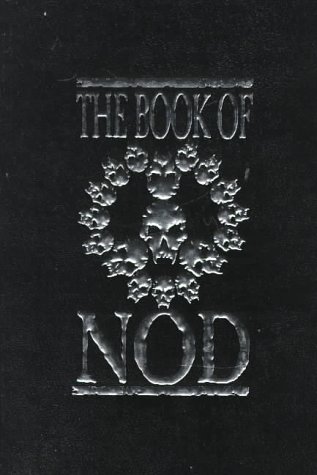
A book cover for The Book of Nod; David Gragert; Science Fiction & Fantasy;